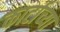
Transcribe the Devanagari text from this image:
कार्टाच्या